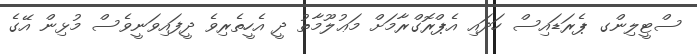
ސްޓީލިންގ ޕެރަޑައިސް ހަދައި އެޕްރޮގްރާމަށް މަޢުލޫމާތު ދީ އެހީތެރިވެ ދީފައިވަނީވެސް މުޅިން އޭގެ